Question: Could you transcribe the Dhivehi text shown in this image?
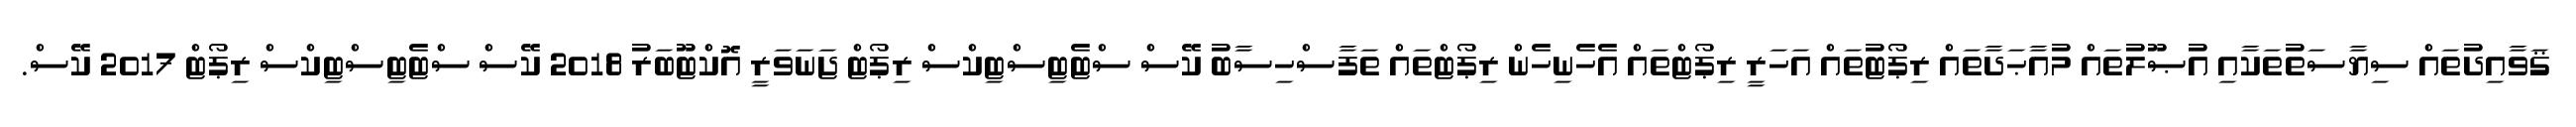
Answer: ޤަވާއިދުތައް ސިޔާސަތުތަކާއި އުޞޫލުތައް މުއާޙަދާތައް ރިޕޯޓުތައް އަހަރީ ރިޕޯޓްތައް އެހެނިހެން ރިޕޯޓްތައް ތަފާސްހިސާބު ކޭސް ސްޓެޓިސްޓިކްސް ރިޕޯޓް ޖަނަވަރީ އޮކްޓޫބަރު 2018 ކޭސް ސްޓެޓިސްޓިކްސް ރިޕޯޓް 2017 ކޭސް.